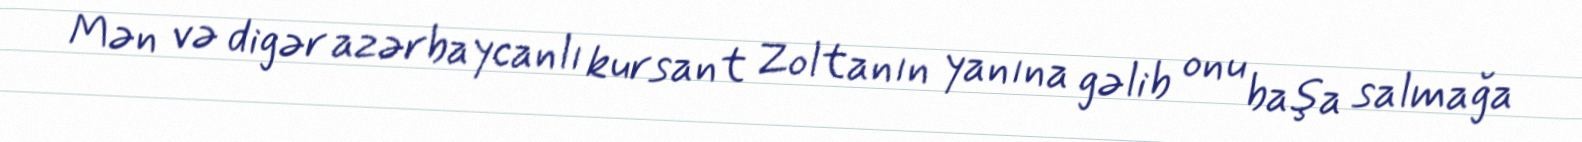
Mən və digər azərbaycanlı kursant Zoltanın yanına gəlib onu başa salmağa